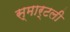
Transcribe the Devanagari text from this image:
स्मार्टली